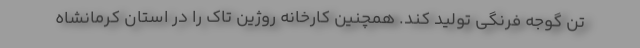
تن گوجه فرنگی تولید کند. همچنین کارخانه روژین تاک را در استان کرمانشاه